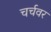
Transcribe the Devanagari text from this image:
चर्चवर